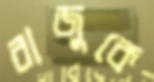
রাজুকে